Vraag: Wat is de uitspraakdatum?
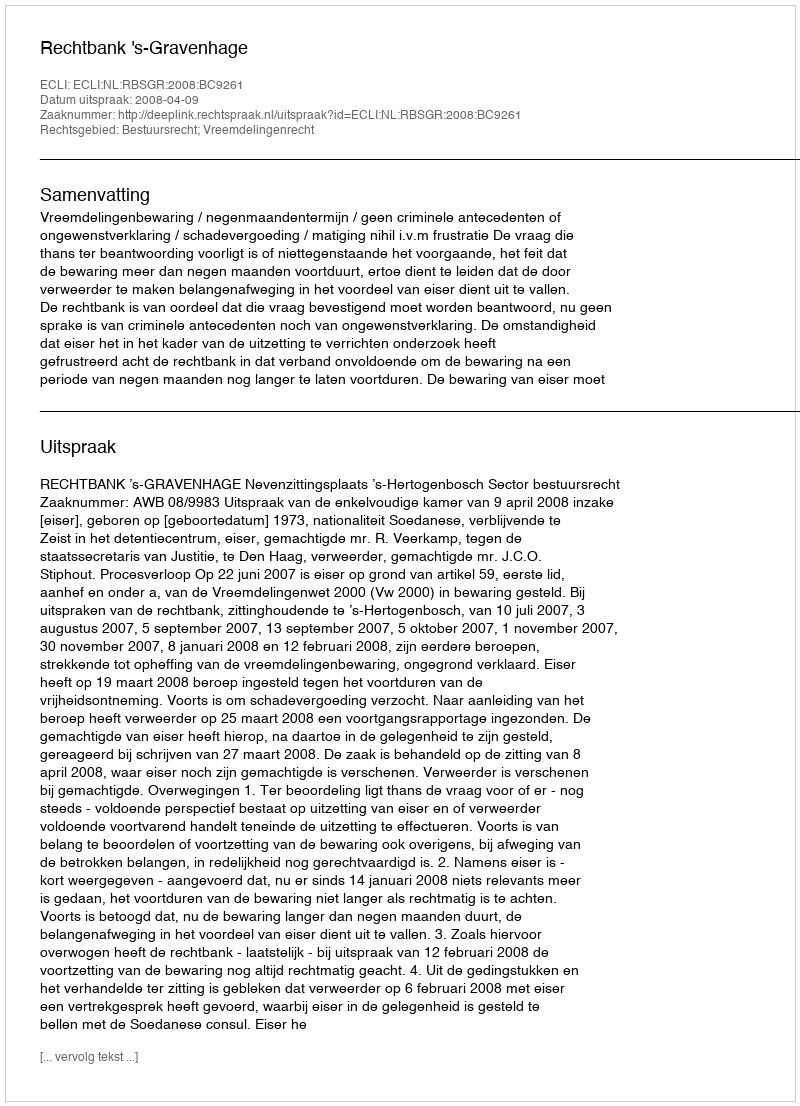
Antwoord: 2008-04-09